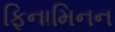
ફિનામિનન